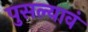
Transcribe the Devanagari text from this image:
पुसल्यावं